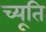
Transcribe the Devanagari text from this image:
च्यूति